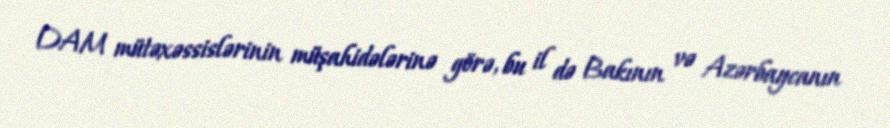
DAM mütəxəssislərinin müşahidələrinə görə, bu il də Bakının və Azərbaycanın